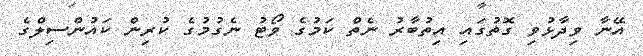
އޭނާ ވިދާޅުވި ގޮތުގައި އިތުބާރު ނެތް ކަމުގެ ވޯޓު ނެގުމުގެ ކުރިން ކައުންސިލްގެ